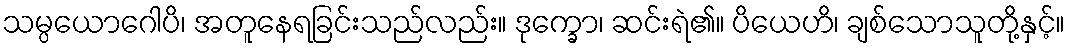
သမ္ပယောဂေါပိ၊ အတူနေရခြင်းသည်လည်း။ ဒုက္ခော၊ ဆင်းရဲ၏။ ပိယေဟိ၊ ချစ်သောသူတို့နှင့်။